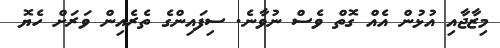
މިޒާޖާއި އުޅުން އެއް ގޮތް ވެސް ނުވާނެ. ސިފައިންގެ ތެރެއިން ވަރަށް ހެޔޮ